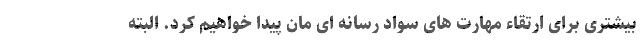
بیشتری برای ارتقاء مهارت های سواد رسانه ای مان پیدا خواهیم کرد. البته